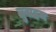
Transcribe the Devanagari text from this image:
लुबाहम